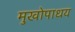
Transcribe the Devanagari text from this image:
मुखोपाधय